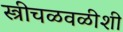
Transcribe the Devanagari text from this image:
स्त्रीचळवळीशी